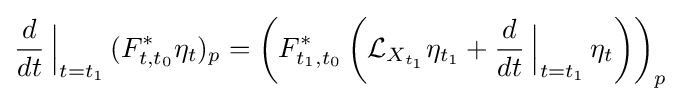
{\frac {d}{dt}}\left.{\!\!{\frac {}{}}}\right|_{t=t_{1}}(F_{t,t_{0}}^{*}\eta _{t})_{p}=\left(F_{t_{1},t_{0}}^{*}\left({\mathcal {L}}_{X_{t_{1}}}\eta _{t_{1}}+{\frac {d}{dt}}\left.{\!\!{\frac {}{}}}\right|_{t=t_{1}}\eta _{t}\right)\right)_{p}